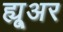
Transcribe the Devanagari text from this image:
ह्यू्अर